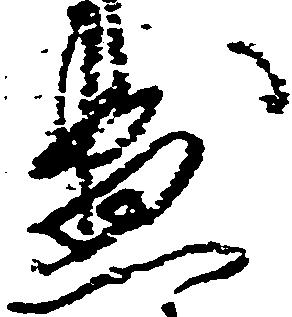
尽